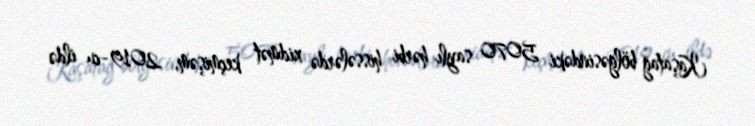
Kaşatağ bölgəsindəki 5070 saylı hərbi hissələrdə xidmət keçmişəm, 2019-cu ildə